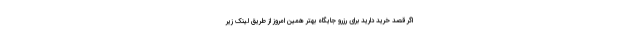
اگر قصد خرید دارید برای رزرو جایگاه بهتر همین امروز از طریق لینک زیر